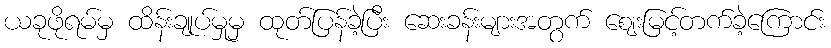
ယခုဖိုရမ်မှ ထိန်းချုပ်မှုမှ ထုတ်ပြန်ခဲ့ပြီး ဆေးခန်းများအတွက် ဈေးမြင့်တက်ခဲ့ကြောင်း